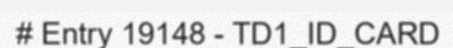
# Entry 19148 - TD1_ID_CARD